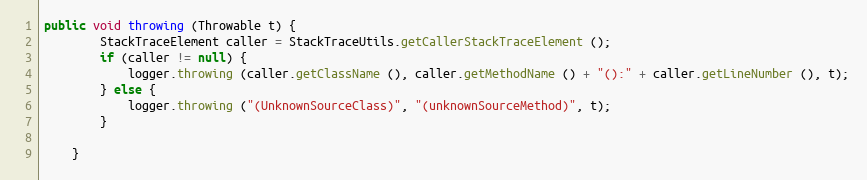
Language: Java
public void throwing (Throwable t) {
		StackTraceElement caller = StackTraceUtils.getCallerStackTraceElement ();
		if (caller != null) {
			logger.throwing (caller.getClassName (), caller.getMethodName () + "():" + caller.getLineNumber (), t);
		} else {
			logger.throwing ("(UnknownSourceClass)", "(unknownSourceMethod)", t);
		}

	}